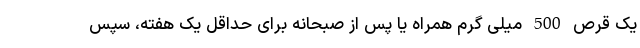
یک قرص 500 میلی گرم همراه یا پس از صبحانه برای حداقل یک هفته، سپس